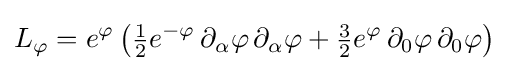
L_{\varphi }=e^{\varphi }\left({\tfrac {1}{2}}e^{-\varphi }\,\partial _{\alpha }\varphi \,\partial _{\alpha }\varphi +{\tfrac {3}{2}}e^{\varphi }\,\partial _{0}\varphi \,\partial _{0}\varphi \right)